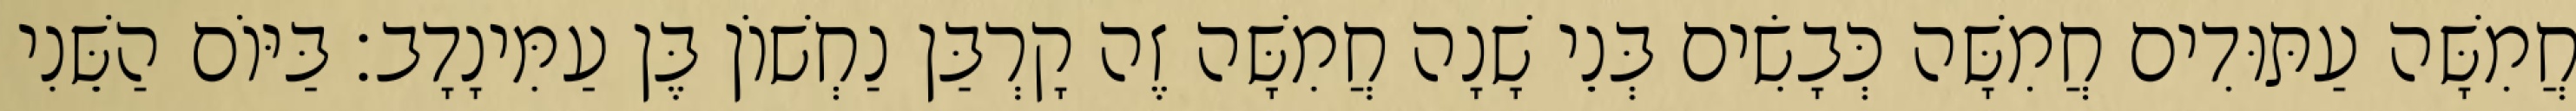
חֲמִשָּׁה עַתּוּדִים חֲמִשָּׁה כְּבָשִׂים בְּנֵי שָׁנָה חֲמִשָּׁה זֶה קָרְבַּן נַחְשׁוֹן בֶּן עַמִּינָדָב׃ בַּיּוֹם הַשֵּׁנִי